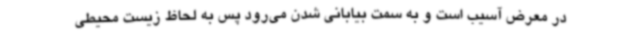
در معرض آسیب است و به سمت بیابانی شدن می‌رود پس به لحاظ زیست محیطی